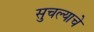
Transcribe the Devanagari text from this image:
सुचल्याचे